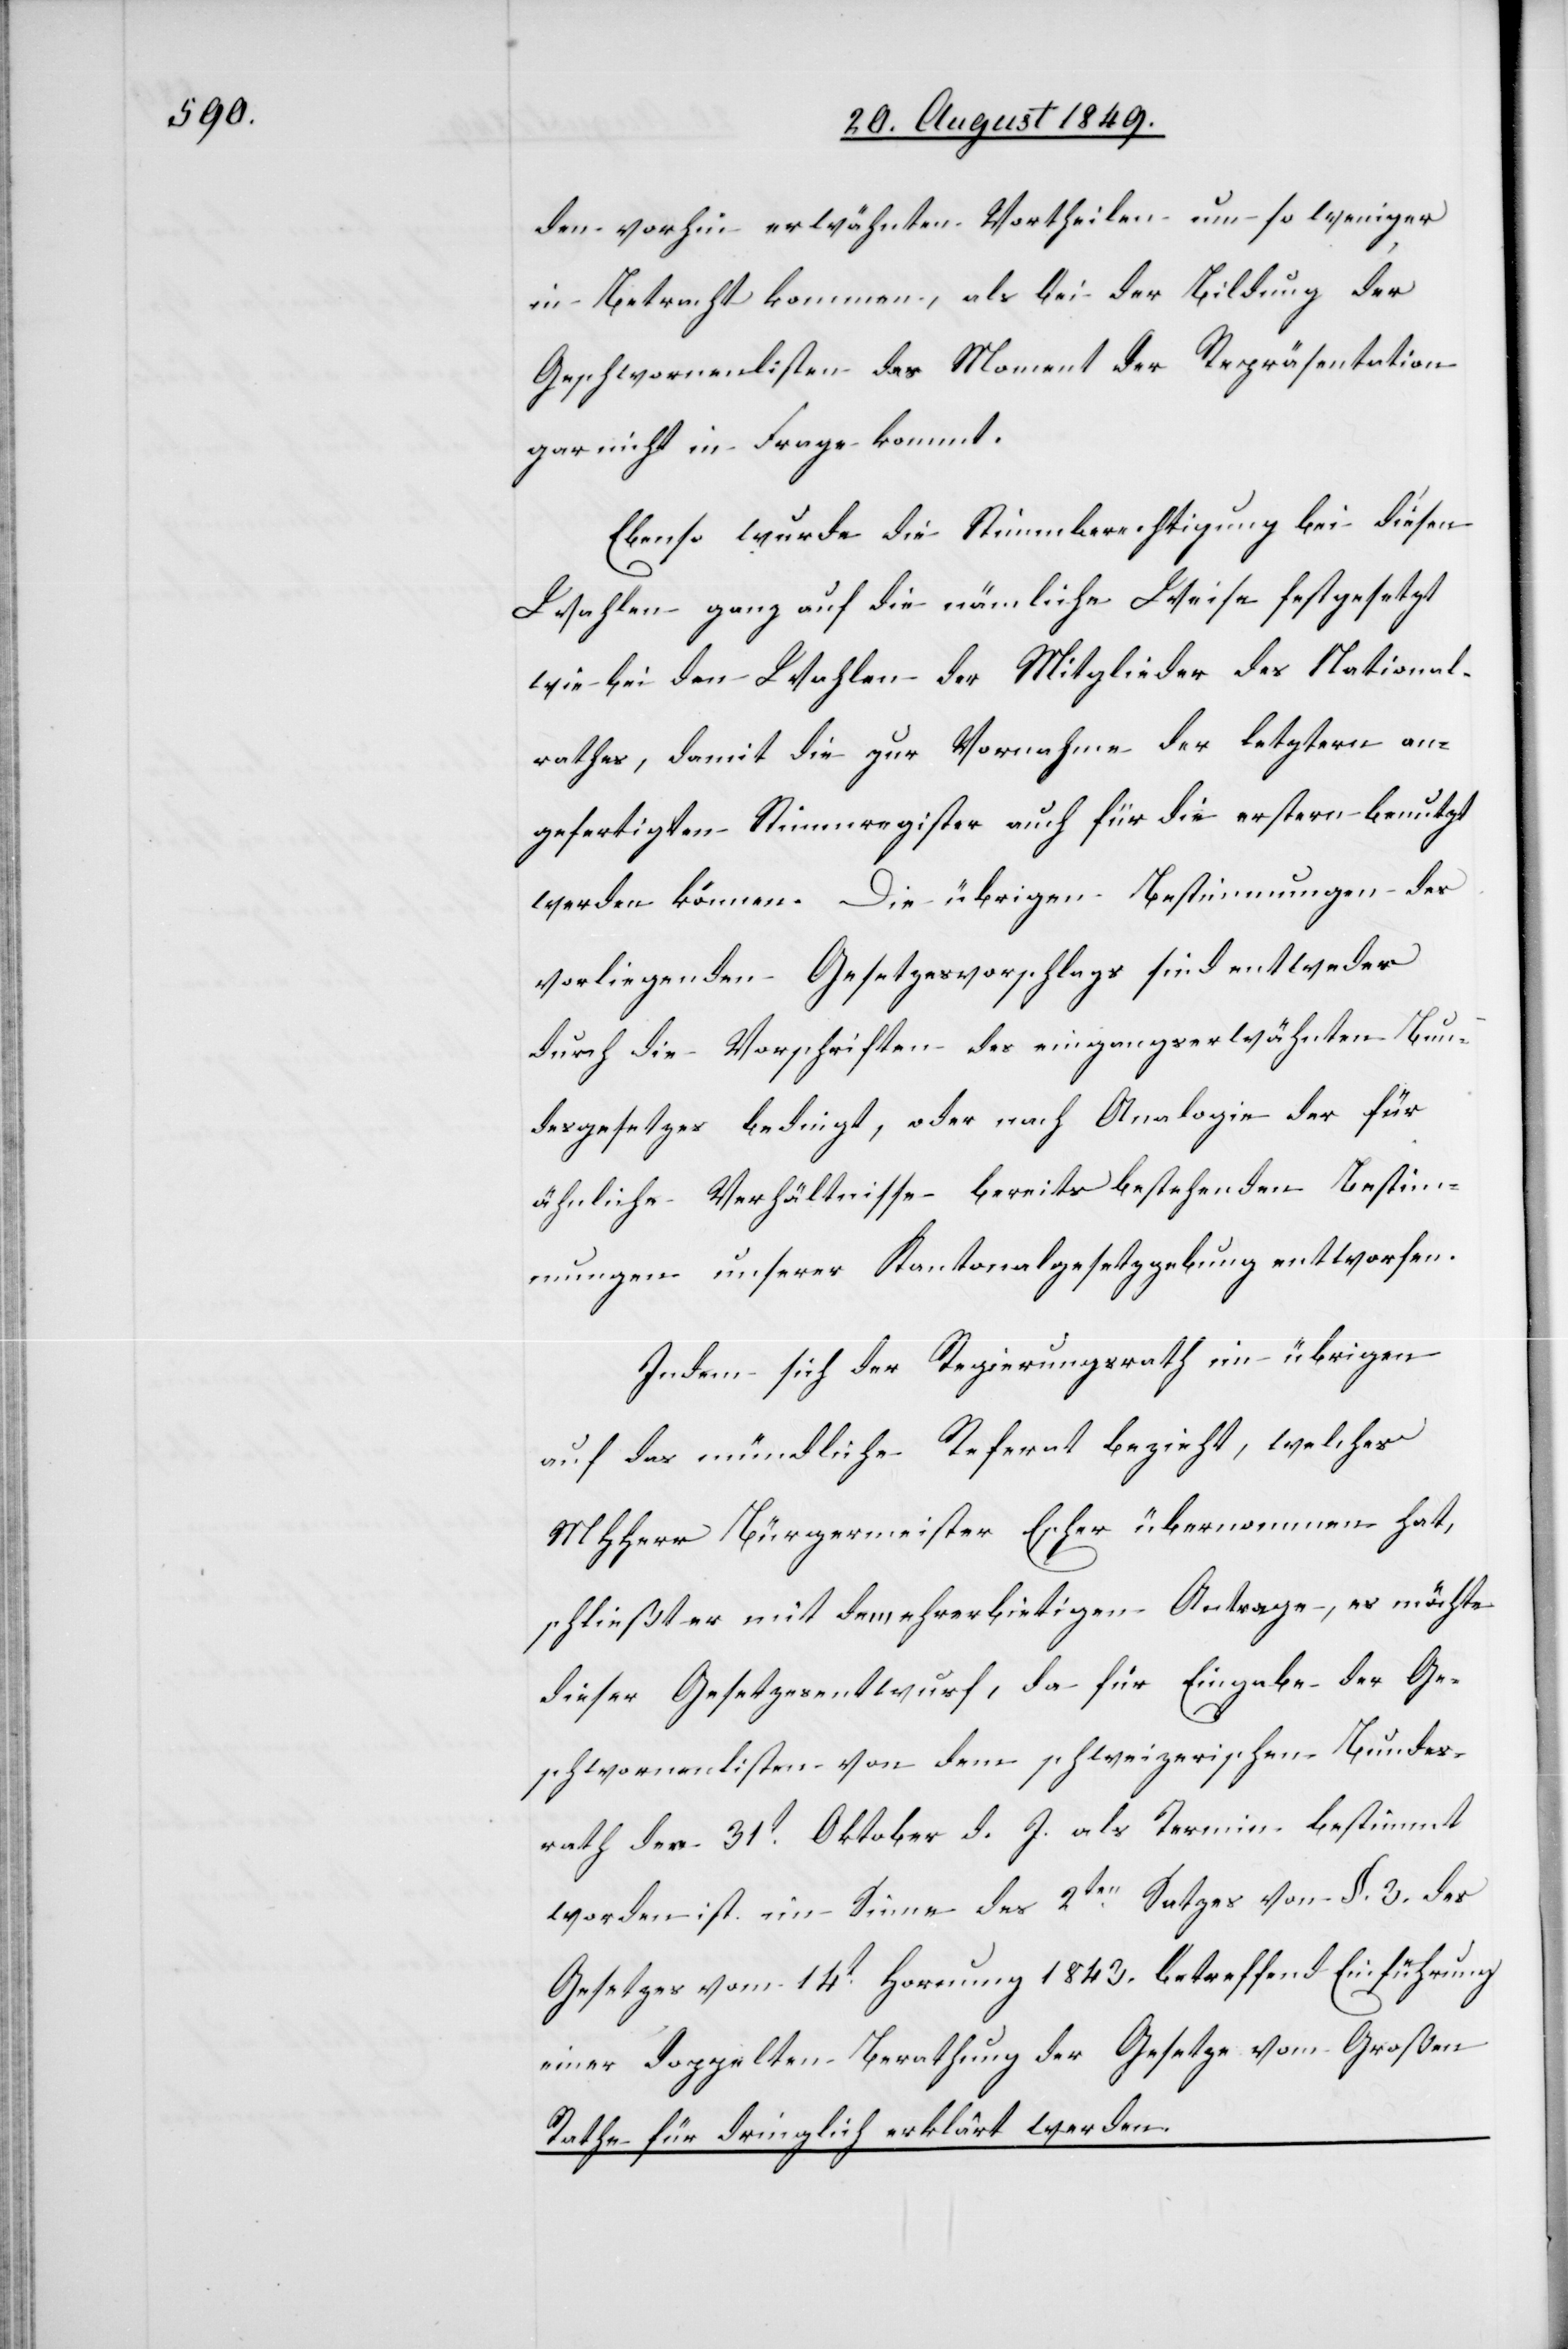
den vorhin erwähnten Vortheilen um so weniger
in Betracht kommen, als bei der Bildung der
Geschwornenlisten das Moment der Repräsentation
gar nicht in Frage kommt.
Ebenso wurde die Stimmberechtigung bei diesen
Wahlen ganz auf die nämliche Weise festgesetzt
wie bei den Wahlen der Mitglieder des National¬
rathes, damit die zur Vornahme der letztern an¬
gefertigten Stimmregister auch für die erstern benutzt
werden können. Die übrigen Bestimmungen des
vorliegenden Gesetzesvorschlags sind entweder
durch die Vorschriften des eingangserwähnten Bun¬
desgesetzes bedingt, oder nach Analogie der für
ähnliche Verhältnisse bereits bestehenden Bestimm¬
ungen unserer Kantonalgesetzgebung entworfen.
Indem sich der Regierungsrath im übrigen
auf das mündliche Referat bezieht, welches
MHHerr Bürgermeister Escher übernommen hat,
schließt er mit dem ehrerbietigen Antrage, es möchte
dieser Gesetzesentwurf, da für Eingabe der Ge¬
schwornenlisten von dem schweizerischen Bundes¬
rath der 31t Oktober d. J. als Termin bestimmt
worden ist im Sinne des 2ten Satzes von §. 3. des
Gesetzes vom 14t Hornung 1843. betreffend Einführung
einer doppelten Berathung der Gesetze vom Großen
Rathe für dringlich erklärt werden.